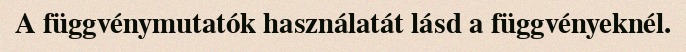
A függvénymutatók használatát lásd a függvényeknél.